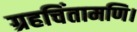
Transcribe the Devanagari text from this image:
ग्रहचिंतामणि।